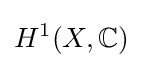
H^{1}(X,\mathbb {C} )